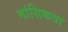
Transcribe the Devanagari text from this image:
मांसिकता